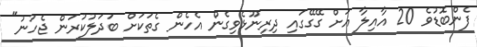
ފެންބޮޑުވެ 20 އާއިލާ އަށް ގޭގޭގައި ދިރިނޫޅެވިގެން އެހެން ގެތަކަށް ބަދަލުކުރަން ޖެހުނު"